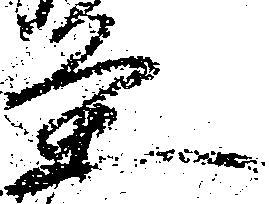
条